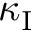
\kappa _ { \mathrm { I } }